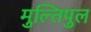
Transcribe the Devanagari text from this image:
मुल्तिपुल